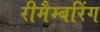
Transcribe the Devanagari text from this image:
रीमैम्बरिंग